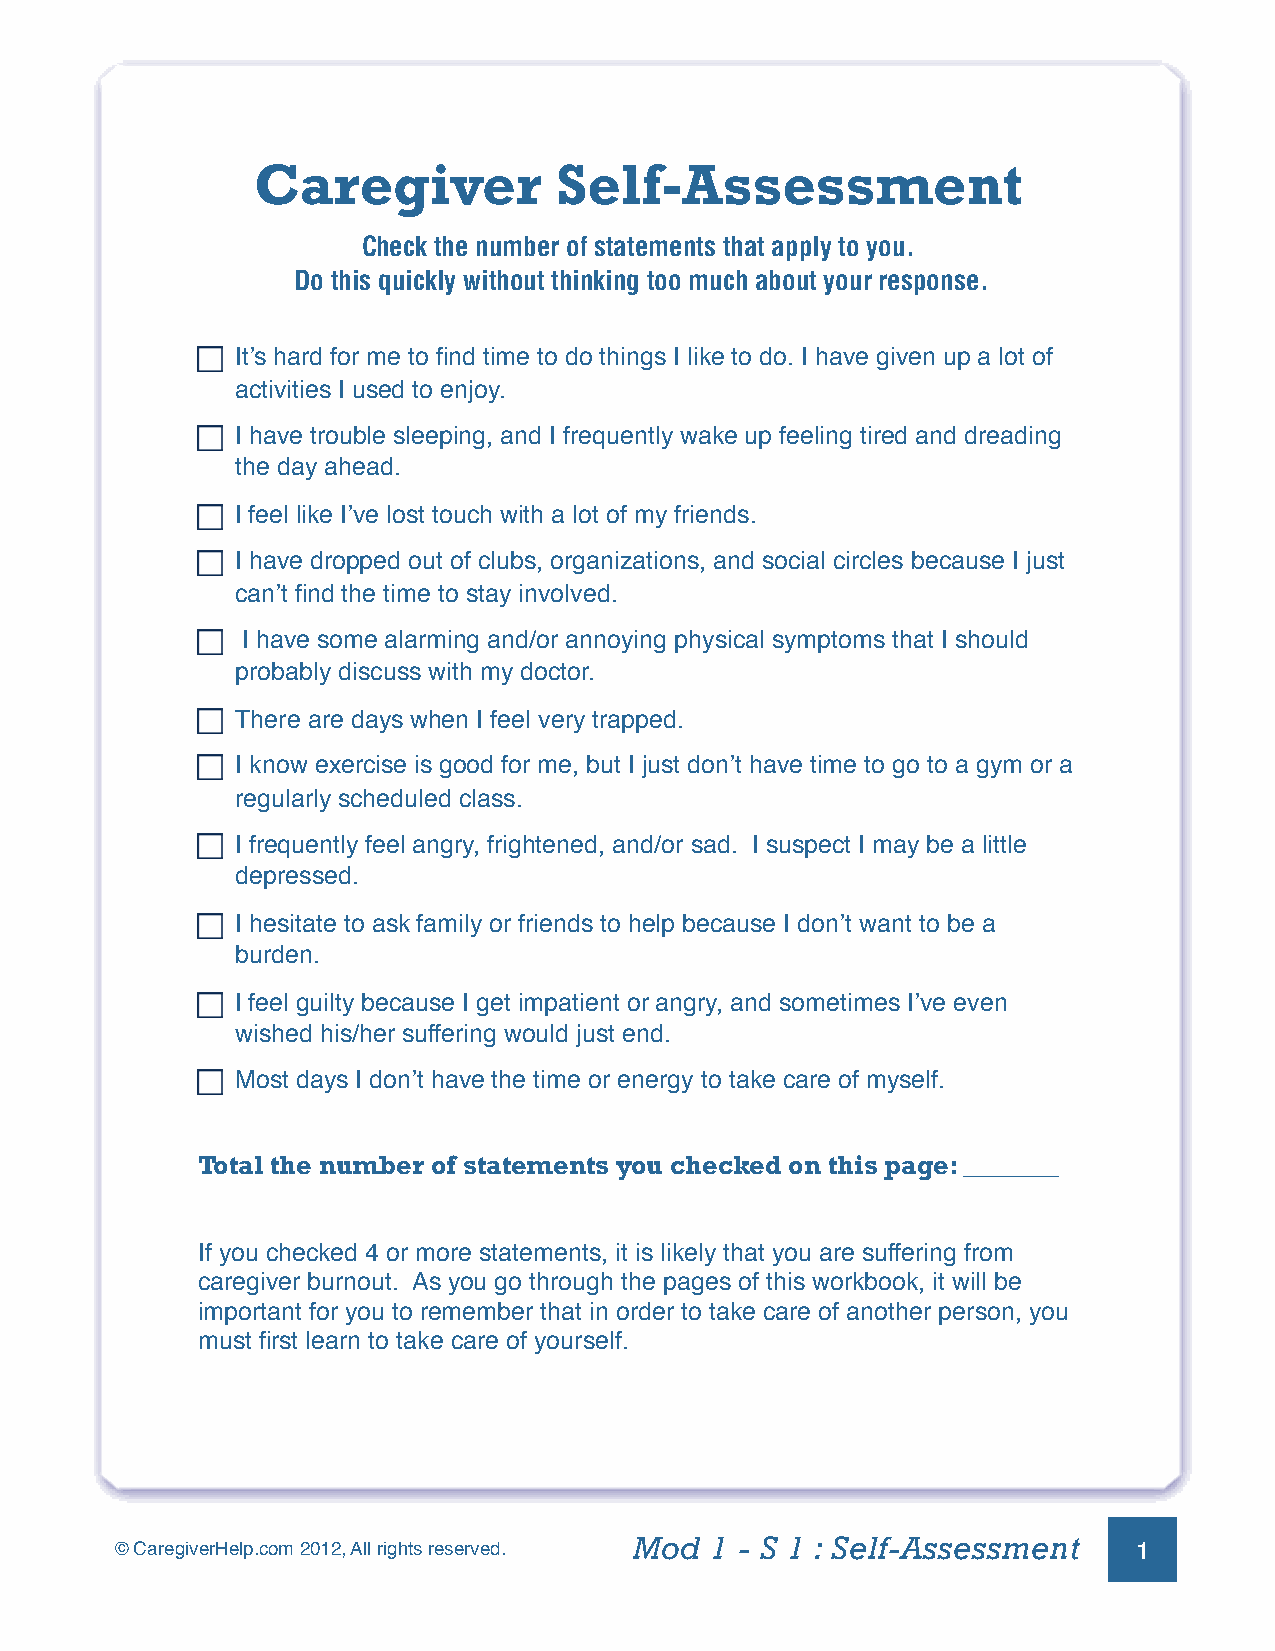
Caregiver           Self-Assessment
 Check the number of statements that apply to you.
 Do this quickly without thinking too much about your response.
 It’s hard for me to find time to do things I like to do. I have given up a lot of
 activities I used to enjoy.
 I have trouble sleeping, and I frequently wake up feeling tired and dreading
 the day ahead.
 I feel like I’ve lost touch with a lot of my friends.
 I have dropped out of clubs, organizations, and social circles because I just
 can’t find the time to stay involved.
 I have some alarming and/or annoying physical symptoms that I should
 probably discuss with my doctor.
 There are days when I feel very trapped.
 I know exercise is good for me, but I just don’t have time to go to a gym or a
 regularly scheduled class.
 I frequently feel angry, frightened, and/or sad. I suspect I may be a little
 depressed.
 I hesitate to ask family or friends to help because I don’t want to be a
 burden.
 I feel guilty because I get impatient or angry, and sometimes I’ve even
 wished his/her suffering would just end.
 Most days I don’t have the time or energy to take care of myself.
 Total the number of statements you checked on this page: _______
 If you checked 4 or more statements, it is likely that you are suffering from
 caregiver burnout. As you go through the pages of this workbook, it will be
 important for you to remember that in order to take care of another person, you
 must first learn to take care of yourself.
 Mod  1 - S 1 : Self-Assessment
 © CaregiverHelp.com 2012, All rights reserved.                     1